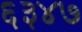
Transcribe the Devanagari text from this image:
६३४७